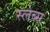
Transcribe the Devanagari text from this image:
स्लेब्स